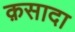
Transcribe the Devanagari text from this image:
क़सादा